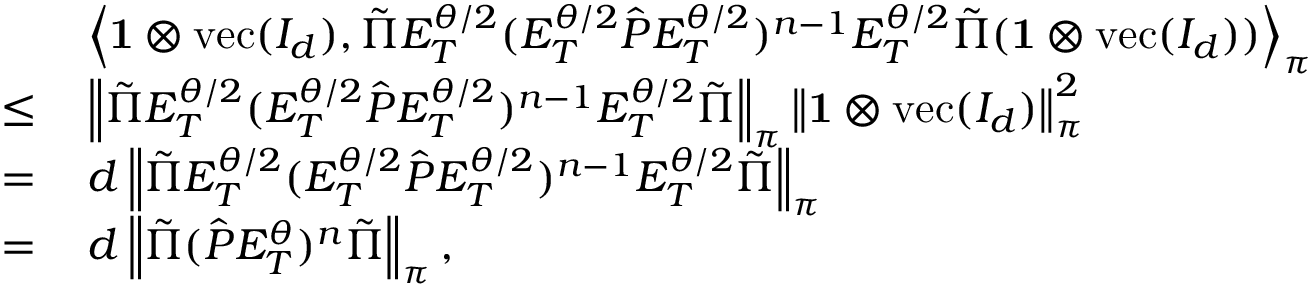
\begin{array} { r l } & { \left\langle \mathbf { 1 } \otimes \operatorname { v e c } ( I _ { d } ) , \tilde { \Pi } E _ { T } ^ { \theta / 2 } ( E _ { T } ^ { \theta / 2 } \hat { P } E _ { T } ^ { \theta / 2 } ) ^ { n - 1 } E _ { T } ^ { \theta / 2 } \tilde { \Pi } ( \mathbf { 1 } \otimes \operatorname { v e c } ( I _ { d } ) ) \right\rangle _ { \boldsymbol \pi } } \\ { \leq \, } & { \left\lVert \tilde { \Pi } E _ { T } ^ { \theta / 2 } ( E _ { T } ^ { \theta / 2 } \hat { P } E _ { T } ^ { \theta / 2 } ) ^ { n - 1 } E _ { T } ^ { \theta / 2 } \tilde { \Pi } \right\rVert _ { \boldsymbol \pi } \left\lVert \mathbf { 1 } \otimes \operatorname { v e c } ( I _ { d } ) \right\rVert _ { \boldsymbol \pi } ^ { 2 } } \\ { = \, } & { d \left\lVert \tilde { \Pi } E _ { T } ^ { \theta / 2 } ( E _ { T } ^ { \theta / 2 } \hat { P } E _ { T } ^ { \theta / 2 } ) ^ { n - 1 } E _ { T } ^ { \theta / 2 } \tilde { \Pi } \right\rVert _ { \boldsymbol \pi } } \\ { = \, } & { d \left\lVert \tilde { \Pi } ( \hat { P } E _ { T } ^ { \theta } ) ^ { n } \tilde { \Pi } \right\rVert _ { \boldsymbol \pi } , } \end{array}